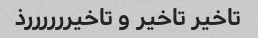
تاخیر تاخیر و تاخیررررررذ